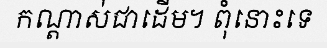
កណ្តាស់ជាដើម។ ពុំនោះទេ